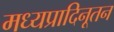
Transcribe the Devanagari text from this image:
मध्यप्रादिनूतन